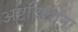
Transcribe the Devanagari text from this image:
अष्टदिशांना